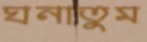
ঘনাতুম